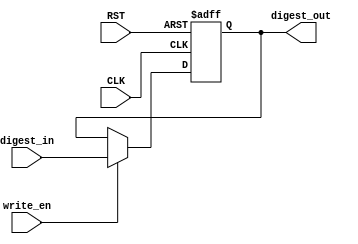
//-------------------------------------------------------------------------------------------------//
//  Project		: SHA-2																		       //
//  Description	: Digest Memory for SHA256 			    		                                   //
//  Referents	: none.																		       //
//-------------------------------------------------------------------------------------------------//

module mem_save_digest(
						input	wire				CLK,
						input	wire				RST,
						input	wire				write_en,
						input	wire 	[255:0]		digest_in,
						output	wire	[255:0]		digest_out
						);

	reg [255:0] digest_out_reg;
	
	assign digest_out = digest_out_reg;
	always @(posedge CLK or negedge RST) 
	begin: update_event
		if(RST == 1'b0) begin
			digest_out_reg <= 256'b0;
		end
		else begin
			if(write_en == 1'b1) begin
				digest_out_reg <= digest_in;
			end
		end
	end
endmodule